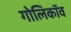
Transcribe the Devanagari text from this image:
गोलिकॉव